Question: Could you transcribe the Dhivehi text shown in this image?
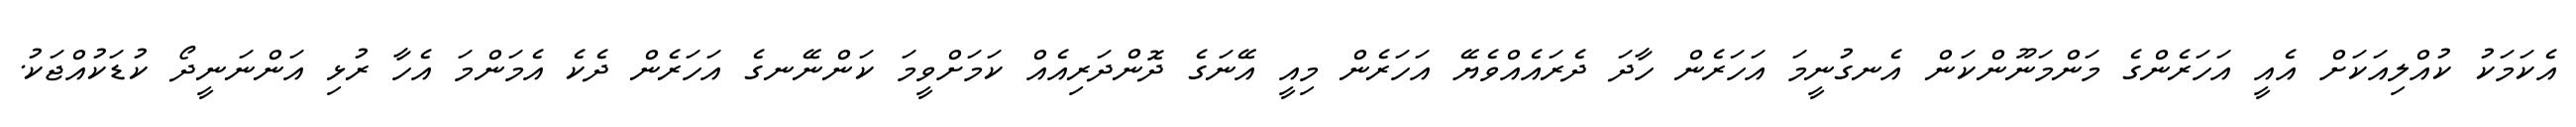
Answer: އެކަމަކު ކުއްލިއަކަށް އެއީ އަހަރެންގެ މަންމަނޫންކަން އެނގުނީމަ އަހަރެން ހާދަ ދެރައެއްވެޔޭ އަހަރެން މިއީ އޭނަގެ ދޮންދަރިއެއް ކަމަށްވީމަ ކަންނޭނގެ އަހަރެން ދެކެ އެމަންމަ އެހާ ރުޅި އަންނަނީދޯ ކުޑަކުއްޖަކު.